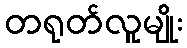
တရုတ်လူမျိုး